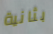
بثانية